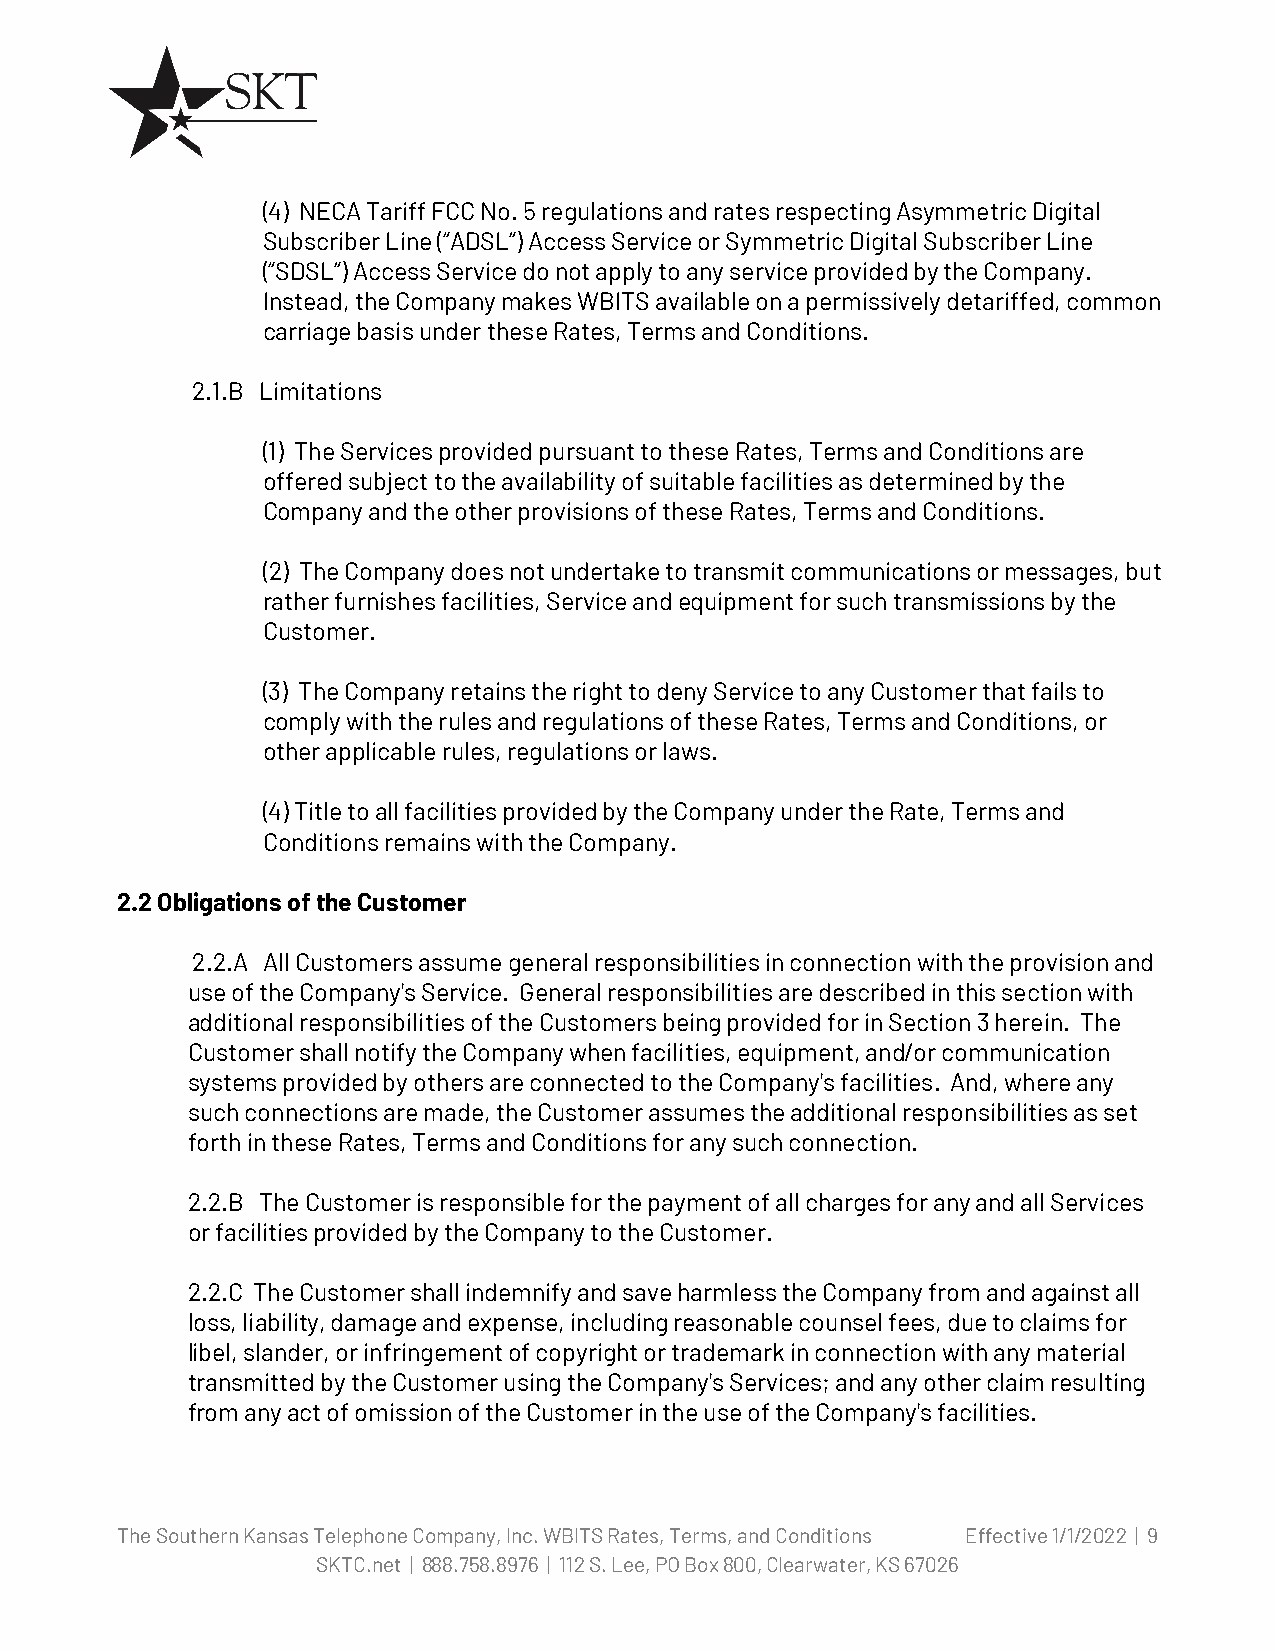
(4) NECA Tariff FCC No. 5 regulations and rates respecting Asymmetric Digital
 Subscriber Line (“ADSL”) Access Service or Symmetric Digital Subscriber Line
 (“SDSL”) Access Service do not apply to any service provided by the Company.
 Instead, the Company makes WBITS available on a permissively detariffed, common
 carriage basis under these Rates, Terms and Conditions.
 2.1.B Limitations
 (1) The Services provided pursuant to these Rates, Terms and Conditions are
 offered subject to the availability of suitable facilities as determined by the
 Company and the other provisions of these Rates, Terms and Conditions.
 (2) The Company does not undertake to transmit communications or messages, but
 rather furnishes facilities, Service and equipment for such transmissions by the
 Customer.
 (3) The Company retains the right to deny Service to any Customer that fails to
 comply with the rules and regulations of these Rates, Terms and Conditions, or
 other applicable rules, regulations or laws.
 (4) Title to all facilities provided by the Company under the Rate, Terms and
 Conditions remains with the Company.
 2.2 Obligations of the Customer
 2.2.A All Customers assume general responsibilities in connection with the provision and
 use of the Company's Service. General responsibilities are described in this section with
 additional responsibilities of the Customers being provided for in Section 3 herein. The
 Customer shall notify the Company when facilities, equipment, and/or communication
 systems provided by others are connected to the Company's facilities. And, where any
 such connections are made, the Customer assumes the additional responsibilities as set
 forth in these Rates, Terms and Conditions for any such connection.
 2.2.B The Customer is responsible for the payment of all charges for any and all Services
 or facilities provided by the Company to the Customer.
 2.2.C The Customer shall indemnify and save harmless the Company from and against all
 loss, liability, damage and expense, including reasonable counsel fees, due to claims for
 libel, slander, or infringement of copyright or trademark in connection with any material
 transmitted by the Customer using the Company's Services; and any other claim resulting
 from any act of omission of the Customer in the use of the Company's facilities.
 The Southern Kansas Telephone Company, Inc. WBITS Rates, Terms, and Conditions Effective 1/1/2022 | 9
 SKTC.net | 888.758.8976 | 112 S. Lee, PO Box 800, Clearwater, KS 67026